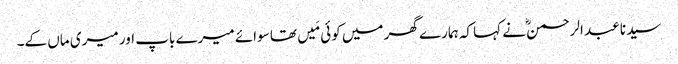
سیدنا عبد الرحمنؓ نے کہا کہ ہمارے گھر میں کوئی مَیں تھا سوائے میرے باپ اور میری ماں کے۔